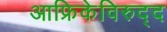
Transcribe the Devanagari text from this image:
आफ्रिकेविरुद्द